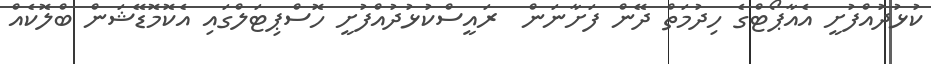
ކުޅުދުއްފުށީ އެއާޕޯޓްގެ ހިދުމަތް ދޭން ފަށާނަން  ރައީސްކުޅުދުއްފުށީ ހޮސްޕިޓަލްގައި އެކޮމޮޑޭޝަން ބްލޮކެއް